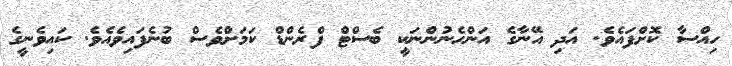
ހިއްސާ ކޮށްފައެވެ. އަދި އޭނާގެ އަންހެނުންނަކީ ބެސްޓް ފްރެންޑް ކަމަށްވެސް ބުނެފައިވެއެވެ. ކައިވެނީގެ